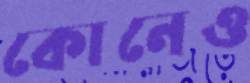
কোনেও